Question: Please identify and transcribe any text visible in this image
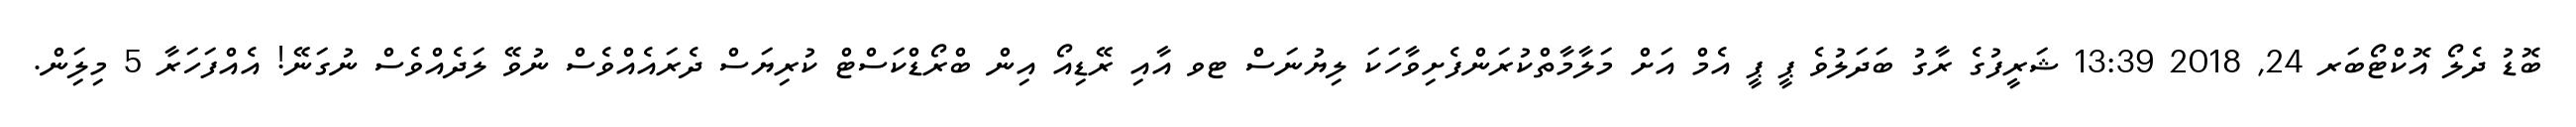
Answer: ބޮޑު ދެލޯ އޮކްޓޯބަރ 24, 2018 13:39 ޝަރީފުގެ ރާގު ބަދަލުވެ ޕީ ޕީ އެމް އަށް މަލާމާތްކުރަންފެށިވާހަކަ ލިޔުނަސް ޓވ އާއި ރޭޑިއޯ އިން ބްރޯޑްކަސްޓް ކުރިޔަސް ދެރައެއްވެސް ނުވޭ ލަދެއްވެސް ނުގަނޭ! އެއްފަހަރާ 5 މިލިަން.